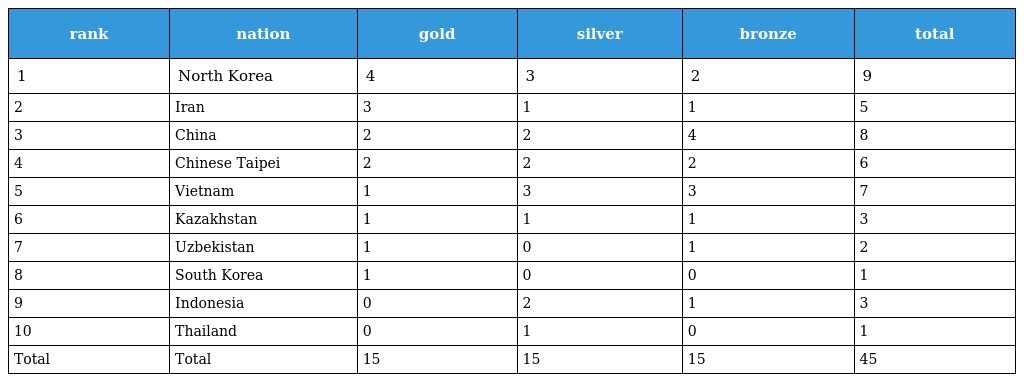
| rank | nation | gold | silver | bronze | total |
 | --- | --- | --- | --- | --- | --- |
 | 1 | North Korea | 4 | 3 | 2 | 9 |
 | 2 | Iran | 3 | 1 | 1 | 5 |
 | 3 | China | 2 | 2 | 4 | 8 |
 | 4 | Chinese Taipei | 2 | 2 | 2 | 6 |
 | 5 | Vietnam | 1 | 3 | 3 | 7 |
 | 6 | Kazakhstan | 1 | 1 | 1 | 3 |
 | 7 | Uzbekistan | 1 | 0 | 1 | 2 |
 | 8 | South Korea | 1 | 0 | 0 | 1 |
 | 9 | Indonesia | 0 | 2 | 1 | 3 |
 | 10 | Thailand | 0 | 1 | 0 | 1 |
 | Total | Total | 15 | 15 | 15 | 45 |